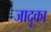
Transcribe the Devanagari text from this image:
जादूका